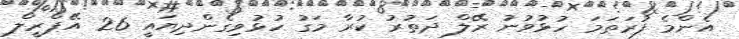
އެންމެ ފުރަތަމަ ހުޅުވުނު ރޭލް ދަތުރު ކުރާ މަގު ހުޅުވިގެންދިޔައީ 26 އޭޕްރީލް